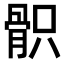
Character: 𩨵